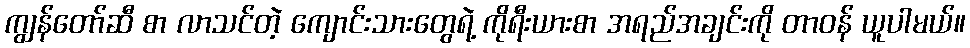
ကျွန်တော်ဆီ စာ လာသင်တဲ့ ကျောင်းသားတွေရဲ့ ကိုရီးယားစာ အရည်အချင်းကို တာဝန် ယူပါမယ်။